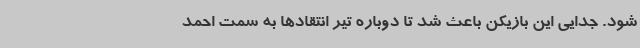
شود. جدایی این بازیکن باعث شد تا دوباره تیر انتقادها به سمت احمد